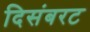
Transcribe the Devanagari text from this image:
दिसंबरट